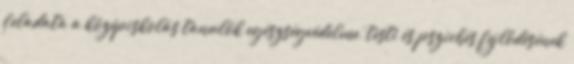
feladata a középiskolás tanulók egészségvédelme, testi és pszichés fejlődésének